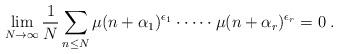
LaTeX: \begin{align*}\lim_{N\to \infty} \frac 1N \sum_{n\leq N}\mu(n+\alpha_1)^{\epsilon_1}\cdot \dots \cdot \mu(n+\alpha_r)^{\epsilon_r}=0 \;.\end{align*}